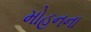
મોહનના